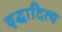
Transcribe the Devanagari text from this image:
वृद्धादित्य